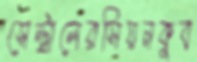
সেন্ট্রালেরসিয়নকুব